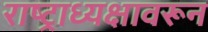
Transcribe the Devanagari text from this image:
राष्ट्राध्यक्षावरून